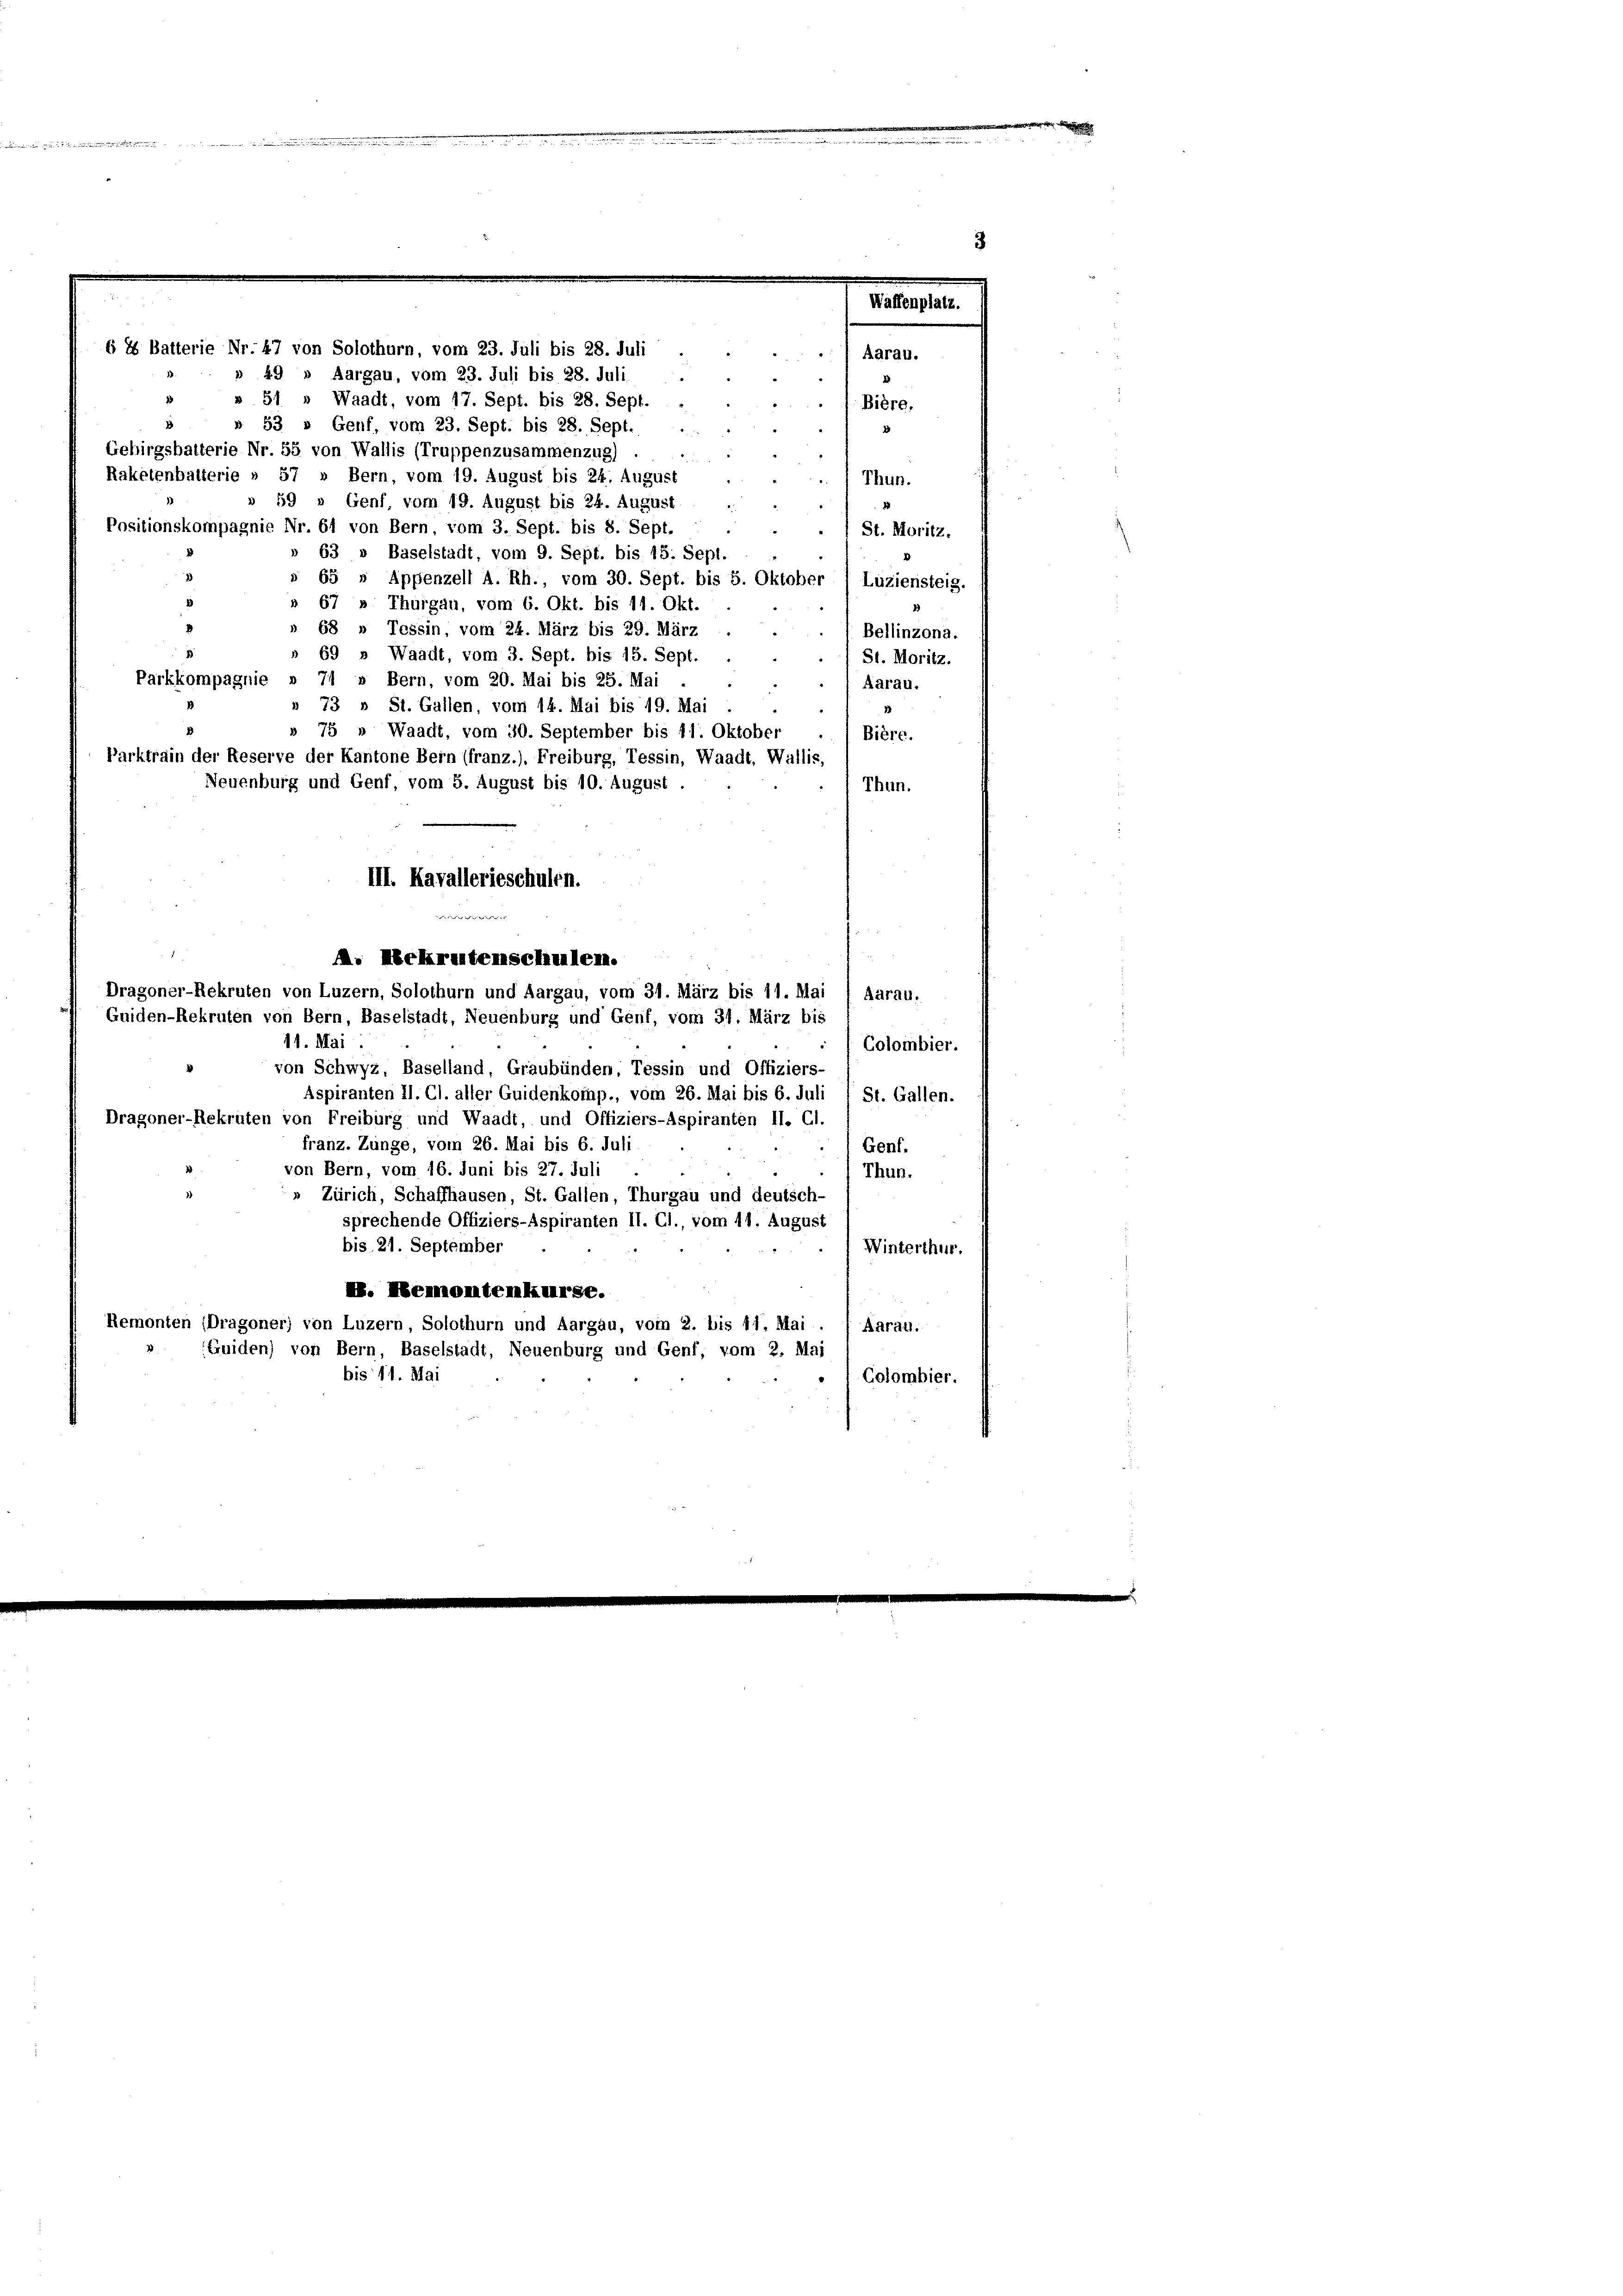
en
 ...........
.

§ 8 Batterie Nr. 47 von Solothurn, vom 23. Juli bis 28. Juli
» 49 » Aargau, vom 23. Juli bis 28. Juli
1
 51
Waadt, vom 17. Sept. bis 28, Sept. .
53 " Genf, vom 23. Sept. bis 28. Sept.
Gebirgsbatterie Nr. 55 von Wallis (Truppenzusammenzug)
Raketenbatterie » 57 » Bern, vom 19. August bis 24. August
59 » Genf, vom 19. August bis 24. August
Positionskompagnie Nr. 64 von Bern, vom 3. Sept. bis 8. Sept.
) St. Moritz.
» 63 » Baselstadt, vom 9. Sept. bis 18. Sept.
s 65 » Appenzell A. Rh., vom 30. Sept. bis 5. Oktober ) Luziensteig.
67 » Thurgau, vom 6. Okt. bis 11. Okt.
68 » Tessin, vom 24. März bis 29. März
Bellinzona.
» 69 » Waadt, vom 3. Sept. bis 15. Sept.
St. Moritz.
Parkkompagnie » 74 » Bern, vom 20. Mai bis 25. Mai
Aarau.
73 » St. Gallen, vom 14. Mai bis 19. Mai
» 75 » Waadt, vom 30. September bis 11. Oktober
Bière.
Parktrain der Reserve der Kantone Bern (franz.). Freiburg, Tessin, Waadt, Wallis,
Neuenburg und Genf, vom 5. August bis 10. August.
Thun.
III. Kavallerieschulen.
M. Nekretenschulen.
Dragoner-Rekruten von Luzern, Solothurn und Aargau, vom 31. März bis 11. Mai / Aarau,
Guiden-Rekruten von Bern, Baselstadt, Neuenburg und Genf, vom 31. März bis
11. Mai.
Colombier.
von Schwyz, Baselland, Graubünden, Tessin und Offiziers-
Aspiranten II. Cl. aller Guidenkomp., vom 26. Mai bis 6. Juli 1 St. Gallen.
Dragoner-Rekruten von Freiburg und Waadt, und Offiziers-Aspiranten II. Cl.
franz. Zunge, vom 26. Mai bis 6. Juli
Genf.
von Bern, vom 16. Juni bis 27. Juli
Thun.
Zürich, Schaffhausen, St. Gallen, Thurgau und deutsch-
sprechende Offiziers-Aspiranten II. Cl., vom 11. August
bis 21. September
Winterthur.
X. Hemontenkurse.
Remonten (Dragoner) von Luzern, Solothurn und Aargau, vom 2. bis 11. Mai . ) Aarau,
(Guiden) von Bern, Baselstadt, Neuenburg und Genf, vom 2. Mai
bis 11. Mai
Colombier.

i

Waffenplatz.
) Aarau.

Bière,

Thun.
2